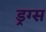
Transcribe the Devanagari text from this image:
ड्रग्‍स